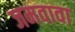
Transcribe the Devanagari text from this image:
जमवावा